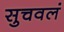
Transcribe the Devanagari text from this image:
सुचवलं